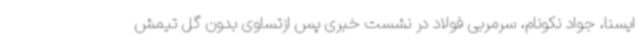
ایسنا، جواد نکونام، سرمربی فولاد در نشست خبری پس ازتساوی بدون گل تیمش